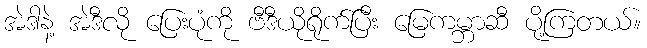
အဲဒါနဲ့ အဲဒီလို ပြေးပုံကို ဗီဒီယိုရိုက်ပြီး မြေကမ္ဘာဆီ ပို့ကြတယ်။